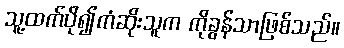
သူ့ထက်ပို၍ကံဆိုးသူက ကိုခွန်သာဖြစ်သည်။